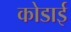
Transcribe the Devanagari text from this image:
कोडाई